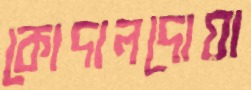
কোদালদোয়া